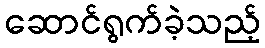
ဆောင်ရွက်ခဲ့သည့်